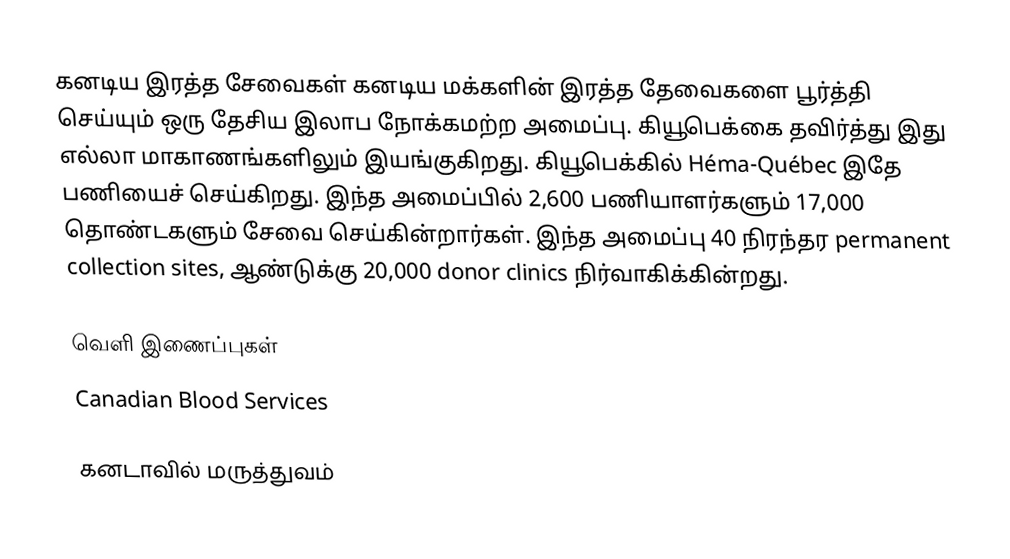
கனடிய இரத்த சேவைகள் கனடிய மக்களின் இரத்த தேவைகளை பூர்த்தி செய்யும் ஒரு தேசிய இலாப நோக்கமற்ற அமைப்பு.  கியூபெக்கை தவிர்த்து இது எல்லா மாகாணங்களிலும் இயங்குகிறது.  கியூபெக்கில் Héma-Québec இதே பணியைச் செய்கிறது.  இந்த அமைப்பில் 2,600 பணியாளர்களும் 17,000 தொண்டகளும் சேவை செய்கின்றார்கள்.  இந்த அமைப்பு 40 நிரந்தர permanent collection sites, ஆண்டுக்கு 20,000 donor clinics நிர்வாகிக்கின்றது.

வெளி இணைப்புகள்
Canadian Blood Services

கனடாவில் மருத்துவம்